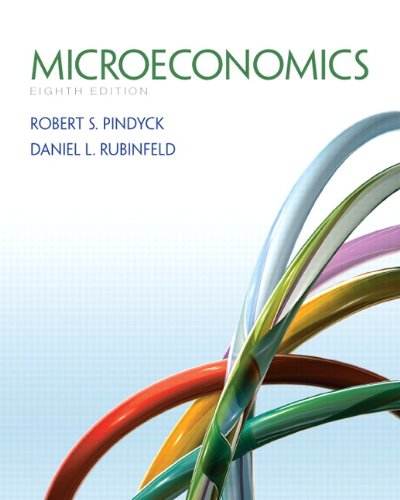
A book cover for Microeconomics (8th Edition) (The Pearson Series in Economics); Robert Pindyck; Business & Money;